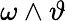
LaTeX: \omega\wedge\vartheta